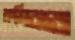
কমিবার